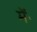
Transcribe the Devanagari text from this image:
मेंॱ